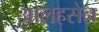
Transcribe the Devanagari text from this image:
आलहसेन